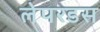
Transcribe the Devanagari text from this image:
लेपरडस